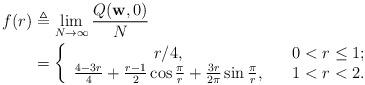
LaTeX: \begin{align*}f(r) & \triangleq \lim\limits_{N \rightarrow\infty}\frac{Q({{\textbf{{w}}}},0)}{N}\\ & = \left \{\begin{array}{cl}r/4, & ~~~0< r\leq 1; \\\frac{4-3r}{4} + \frac{r-1}{2}\cos\frac{\pi}{r} + \frac{3r}{2\pi}\sin\frac{\pi}{r}, &~~~1<r< 2.\end{array}\right.\end{align*}